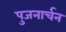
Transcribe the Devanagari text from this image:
पुजनार्चन